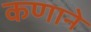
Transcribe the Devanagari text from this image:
कणाने